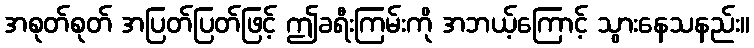
အစုတ်စုတ် အပြတ်ပြတ်ဖြင့် ဤခရီးကြမ်းကို အဘယ့်ကြောင့် သွားနေသနည်း။